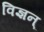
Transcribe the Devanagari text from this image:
विज्ञन्